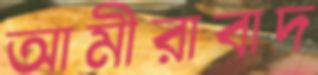
আমীরাবাদ